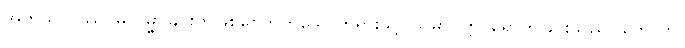
အကုသလဿ၊ မလိမ္မာခြင်းကိုဖြစ်စေတတ်သောတရားသို့။ သမာပတ္တိ၊ ရောက်ခြင်းသည်။ ဟောတိ၊